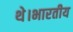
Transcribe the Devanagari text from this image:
थे।भारतीय